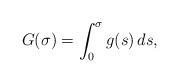
LaTeX: \begin{align*}G(\sigma)=\int_0^\sigma g(s)\, ds,\end{align*}